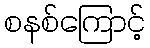
စနစ်ကြောင့်